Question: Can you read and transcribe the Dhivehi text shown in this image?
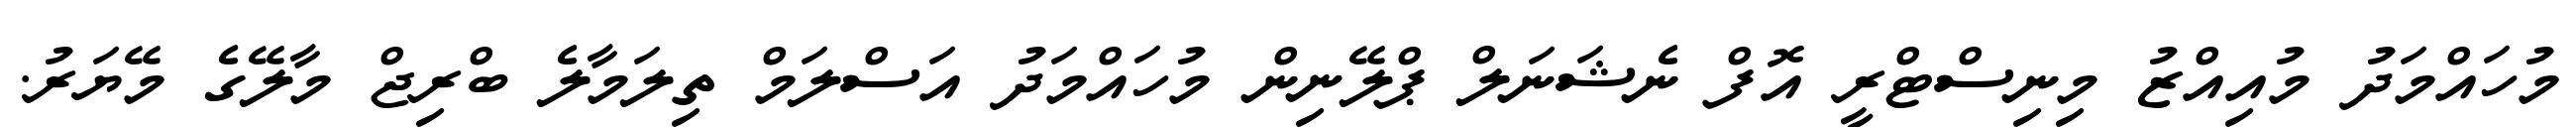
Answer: މުހައްމަދު މުއިއްޒު މިނިސްޓްރީ އޮފް ނެޝަނަލް ޕްލޭނިން މުހައްމަދު އަސްލަމް ތިލަމާލެ ބްރިޖް މާލޭގެ މޭޔަރު.